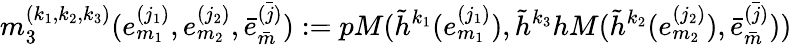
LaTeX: m_{3}^{(k_{1},k_{2},k_{3})}(e_{m_{1}}^{(j_{1})},e_{m_{2}}^{(j_{2})},\bar{e}_{\bar{m}}^{\bar{(j)}}):=pM(\tilde{h}^{k_{1}}(e_{m_{1}}^{(j_{1})}),\tilde{h}^{k_{3}}hM(\tilde{h}^{k_{2}}(e_{m_{2}}^{(j_{2})}),\bar{e}_{\bar{m}}^{\bar{(j)}}))